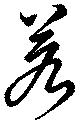
若